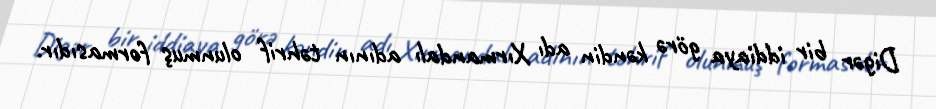
Digər bir iddiaya görə kəndin adı Xırmandalı adının təhrif olunmuş formasıdır.